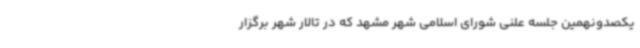
یکصدونهمین جلسه علنی شورای اسلامی شهر مشهد که در تالار شهر برگزار